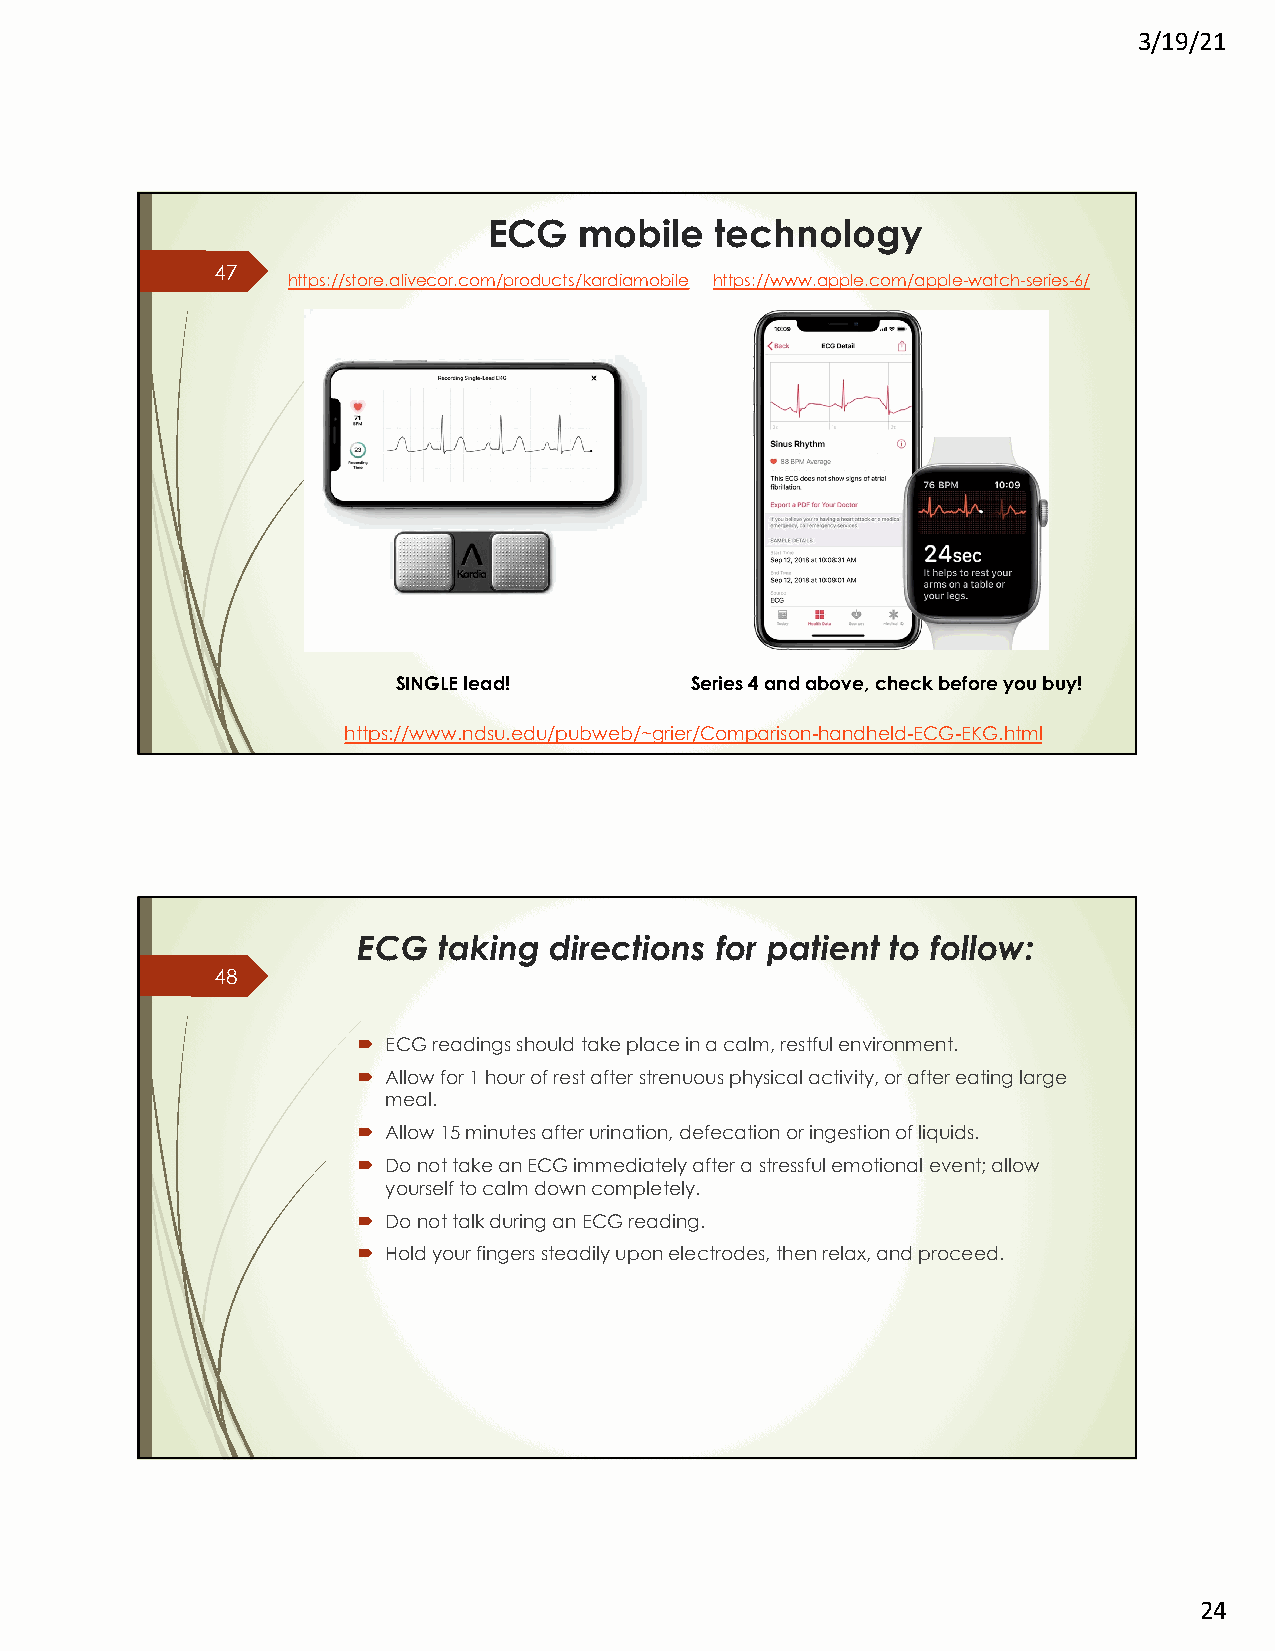
3/19/21
 ECG   mobile   technology
 47
 https://store.alivecor.com/products/kardiamobile https://www.apple.com/apple-watch-series-6/
 SINGLE lead!        Series 4 and above, check before you buy!
 https://www.ndsu.edu/pubweb/~grier/Comparison-handheld-ECG-EKG.html
 ECG  taking directions for patient to follow:
 48
 ´ ECG readings should take place in a calm, restful environment.
 ´ Allow for 1 hour of rest after strenuous physical activity, or after eating large
 meal.
 ´ Allow 15 minutes after urination, defecation or ingestion of liquids.
 ´ Do not take an ECG immediately after a stressful emotional event; allow
 yourself to calm down completely.
 ´ Do not talk during an ECG reading.
 ´ Hold your fingers steadily upon electrodes, then relax, and proceed.
 24